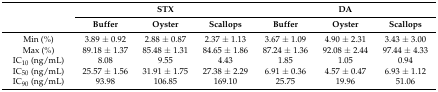
| <ROWSPAN=2>  | <COLSPAN=3> STX | <COLSPAN=3> DA |
 | Buffer | Oyster | Scallops | Buffer | Oyster | Scallops |
 | --- | --- | --- | --- | --- | --- | --- |
 | Min (%) | 3.89 ± 0.92 | 2.88 ± 0.87 | 2.37 ± 1.13 | 3.67 ± 1.09 | 4.90 ± 2.31 | 3.43 ± 3.00 |
 | Max (%) | 89.18 ± 1.37 | 85.48 ± 1.31 | 84.65 ± 1.86 | 87.24 ± 1.36 | 92.08 ± 2.44 | 97.44 ± 4.33 |
 | IC10 (ng/mL) | 8.08 | 9.55 | 4.43 | 1.85 | 1.05 | 0.94 |
 | IC50 (ng/mL) | 25.57 ± 1.56 | 31.91 ± 1.75 | 27.38 ± 2.29 | 6.91 ± 0.36 | 4.57 ± 0.47 | 6.93 ± 1.12 |
 | IC90 (ng/mL) | 93.98 | 106.85 | 169.10 | 25.75 | 19.96 | 51.06 |